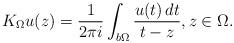
LaTeX: \begin{align*}K_\Omega u(z)=\frac{1}{2\pi i}\int_{b\Omega}\frac{u(t)\,dt}{t-z},z\in \Omega.\end{align*}